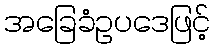
အခြေခံဥပဒေဖြင့်